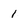
Character: l